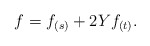
\begin{align*} f = f_{(s)} + 2 Y f_{(t)}.\end{align*}